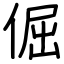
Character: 倔